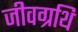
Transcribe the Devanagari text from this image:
जीवग्रथि